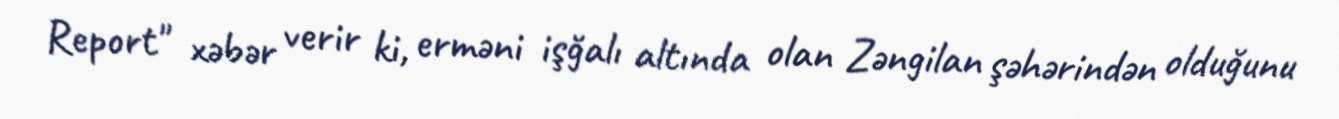
Report" xəbər verir ki, erməni işğalı altında olan Zəngilan şəhərindən olduğunu